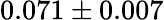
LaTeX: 0.071\pm 0.007